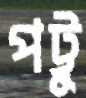
পট্টু